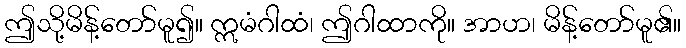
ဤသို့မိန့်တော်မူ၍။ ဣမံဂါထံ၊ ဤဂါထာကို။ အာဟ၊ မိန့်တော်မူ၏။